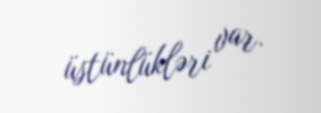
üstünlükləri var.